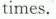
times.